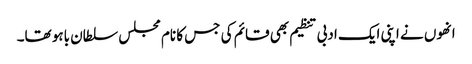
انھوں نے اپنی ایک ادبی تنظیم بھی قائم کی جس کا نام مجلس سلطان باہو تھا۔